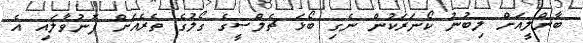
ބާންލީއަށް ލިބުނު ކޯނަރަކުން ނެގި ބޯޅަ ޗެލްސީގެ ގޯލުގެ ތެރެއަށް ފޮނުވާލައި އެ